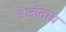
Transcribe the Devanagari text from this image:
डेलॉनाय